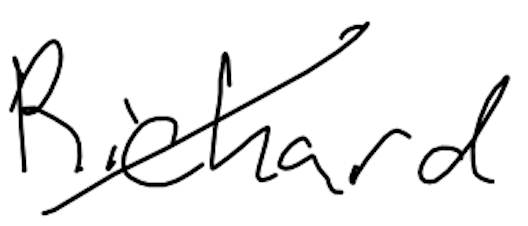
Text: Richard
Cross-out: diagonal
Writing tool: digital_black